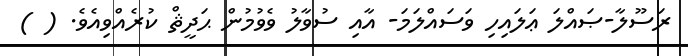
ރަސޫލާ-ޞައްލަ ޢަލައިހި ވަސައްލަމަ- އާއި ސުވާލު ވެވުމުން ޙަދީޘް ކުރެއްވިއެވެ. ( )